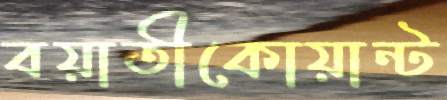
বয়াতীকোয়ান্ট